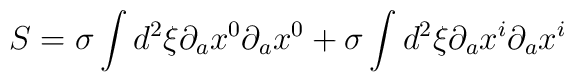
S = \sigma \int d^2 \xi \partial_a x^0 \partial_a x^0 + \sigma \int d^2 \xi \partial_a x^i \partial_a x^i